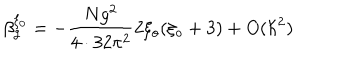
LaTeX: \beta _ { g } ^ { \xi _ { 0 } } = - \frac { N g ^ { 2 } } { 4 \cdot 3 2 \pi ^ { 2 } } 2 \xi _ { o } ( \xi _ { o } + 3 ) + O ( \hbar ^ { 2 } )